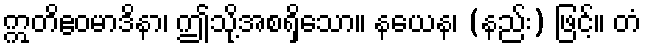
ဣတိဧဝမာဒိနာ၊ ဤသို့အစရှိသော။ နယေန၊ (နည်း) ဖြင့်။ တံ